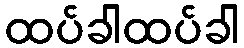
ထပ်ခါထပ်ခါ